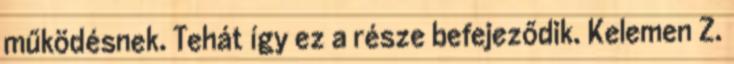
működésnek. Tehát így ez a része befejeződik. Kelemen Z.